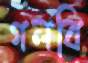
গলবি